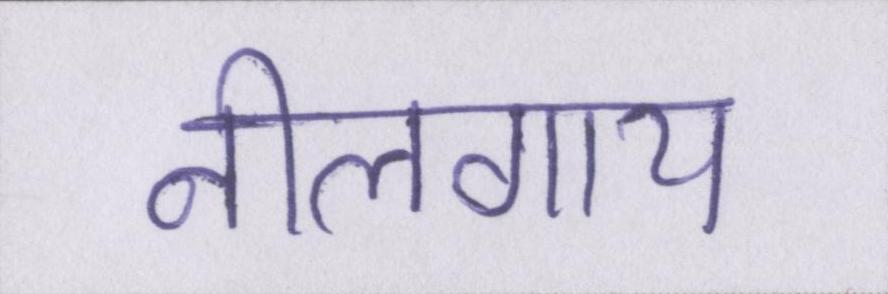
नीलगाय